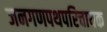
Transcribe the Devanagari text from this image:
जनगणपथपरिचायक